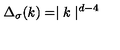
\Delta _ { \sigma } ( k ) = \mid { k } \mid ^ { d - 4 }